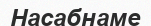
Насабнаме